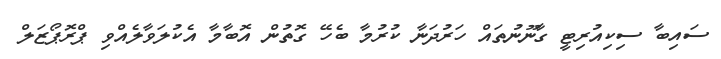
ސައިބާ ސިކިއުރިޓީ ގާނޫނުތައް ހަރުދަނާ ކުރުމާ ބެހޭ ގޮތުން އޮބާމާ އެކުލަވާލެއްވި ޕްރޮޕޯޒަލް